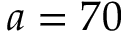
a = 7 0